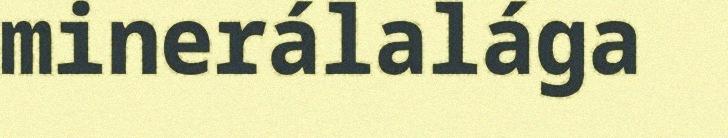
minerálalága